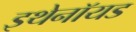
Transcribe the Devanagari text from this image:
इथेनॉयड